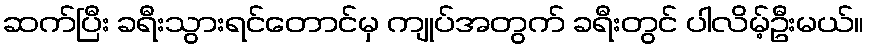
ဆက်ပြီး ခရီးသွားရင်တောင်မှ ကျုပ်အတွက် ခရီးတွင် ပါလိမ့်ဦးမယ်။